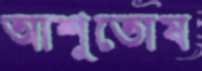
আশুতোষ